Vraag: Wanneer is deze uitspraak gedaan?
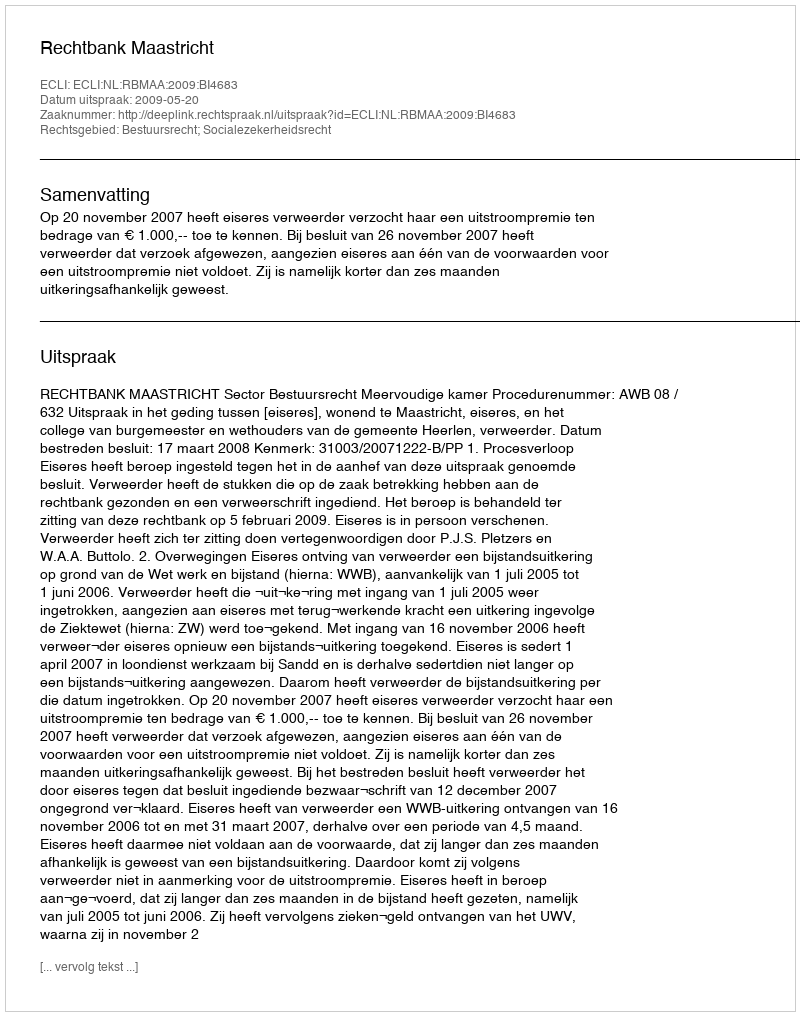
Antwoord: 2009-05-20